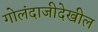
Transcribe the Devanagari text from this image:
गोलंदाजीदेखील